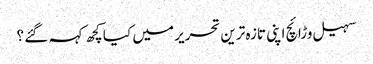
سہیل وڑائچ اپنی تازہ ترین تحریر میں کیا کچھ کہہ گئے ؟